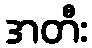
အတီး